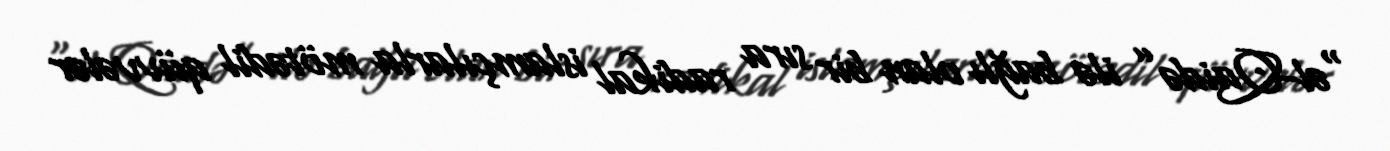
“əl-Qaidə” ilə bağlı olan bir sıra radikal islamçılarla mötədil qüvvələr